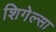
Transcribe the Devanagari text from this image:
शिगेल्सा